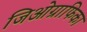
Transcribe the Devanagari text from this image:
जिओग्राफिका